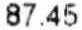
87.45